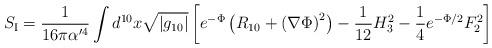
LaTeX: \begin{align*}S_{\rm I} =\frac{1}{16\pi \alpha^{\prime4}} \int d^{10}x\sqrt{|g_{10}|}\left[ e^{-\Phi} \left( R_{10} +\left( \nabla \Phi \right)^2 \right) -\frac{1}{12}H^2_3 -\frac{1}{4} e^{-\Phi /2} F^2_2 \right]\end{align*}